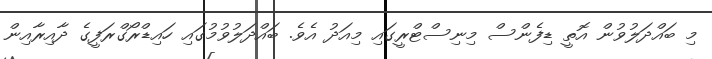
މި ބައްދަލުވުން އޮތީ ޑިފެންސް މިނިސްޓްރީގައި މިއަދު އެވެ. ބައްދަލުވުމުގައި ހައިޑްރޯގްރަފީގެ ދާއިރާއިން